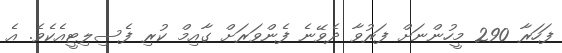
ފަހަރާ 290 މީހުންނަށް ފަރުވާ ދެވޭނެ ފެންވަރަށް ގާއިމް ކުރި ފެސިލިޓީއެކެވެ. އެ